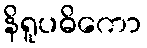
နိရူပဓိကော